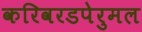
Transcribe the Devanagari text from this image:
करिवरडपेरुमल